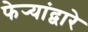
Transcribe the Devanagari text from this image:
फेर्‍यांद्वारे